Assam Mental Hospital (Tezpur, India) - 1933-1948
Year: 1933
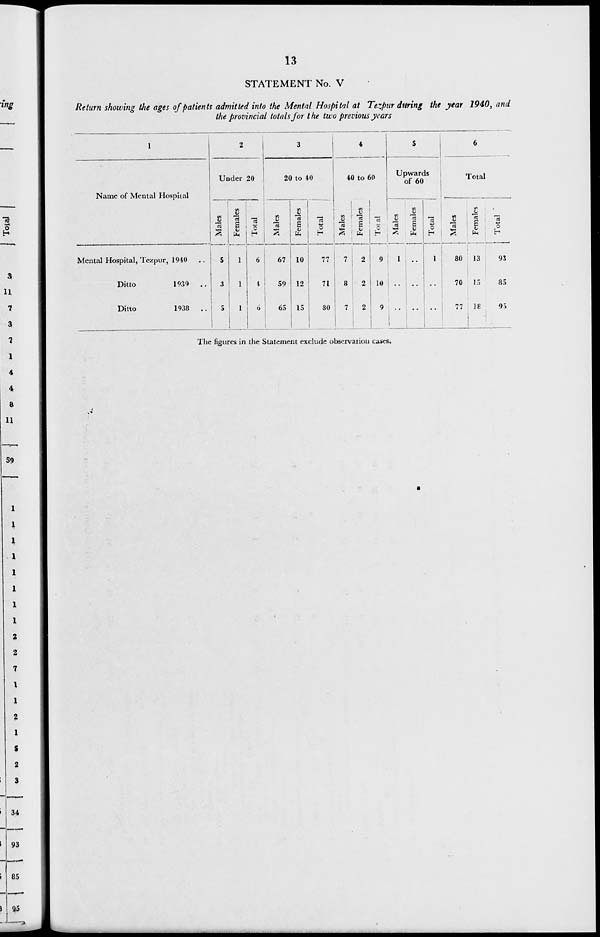
13
STATEMENT No. V
Return showing the ages of patients admitted into the Mental Hospital at Tezpur during the year 1940, and
the provincial totals for the two previous years
1
Name of Mental Hospital
Mental Hospital, Tezpur, 1940 ..
Ditto
1939 ..
Ditto
1938 ..
2
Under 20
Males
5
3
5
Females
1
1
1
Total
6
4
6
3
20 to 40
Males
67
59
65
Females
10
12
15
Total
77
71
80
4
40 to 60
Males
7
8
7
Females
2
2
2
Total
9
10
9
5
Upwards
of 60
Males
1
..
..
Females
..
..
..
Total
1
..
..
6
Total
Males
80
70
77
Females
13
15
18
Total
93
85
95
The figures in the Statement exclude observation cases.